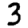
Digit: 3